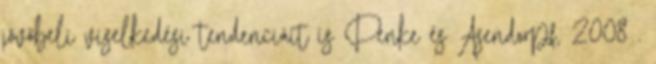
jövőbeli viselkedési tendenciáit is Penke és Asendorpf, 2008 .